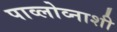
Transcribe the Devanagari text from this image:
पाव्लोव्नाशी